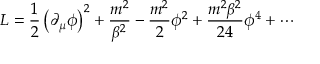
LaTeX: { \cal L } = { \frac { 1 } { 2 } } \left( \partial _ { \mu } \phi \right) ^ { 2 } + { \frac { m ^ { 2 } } { \beta ^ { 2 } } } - { \frac { m ^ { 2 } } { 2 } } \phi ^ { 2 } + { \frac { m ^ { 2 } \beta ^ { 2 } } { 2 4 } } \phi ^ { 4 } + \cdots